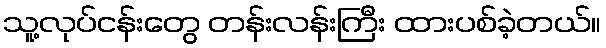
သူ့လုပ်ငန်းတွေ တန်းလန်းကြီး ထားပစ်ခဲ့တယ်။